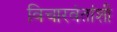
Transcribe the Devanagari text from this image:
विचारवंतांशी